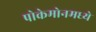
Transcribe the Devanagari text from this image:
पोकेमोनमध्ये